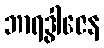
ဘာရဒွါဇေန